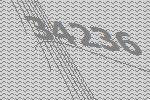
34236